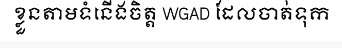
ខ្លួនតាមទំនើងចិត្ត WGAD ដែលចាត់ទុក